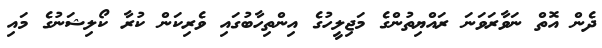
ދެން އޮތް ނަވާރަވަނަ ރައްޔިތުންގެ މަޖިލީހުގެ އިންތިހާބުގައި ވެރިކަން ކުރާ ކޯލިޝަނުގެ މައި